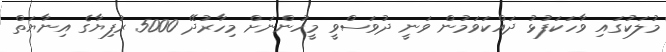
މުލަކުގައި ވާހަކަފުޅު ދައްކަަވަމުން ވަނީ ދުވަސްވީ މީހުންނަށް މިހާރުދޭ 5000 ރުފިޔާގެ އިނާޔަތް